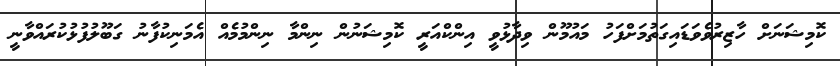
ކޮމިޝަނަށް ހާޒިރުވެވަޑައިގަތުމަށްފަހު މައުމޫން ވިދާޅުވީ އިންކްއަރީ ކޮމިޝަނުން ނިންމާ ނިންމުމެއް އެމަނިކުފާނު ގަބޫލުފުޅުކުރައްވާނީ